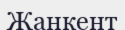
Жанкент